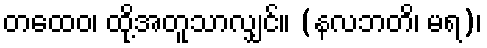
တထေဝ၊ ထို့အတူသာလျှင်။ (နလဘတိ၊ မရ)၊